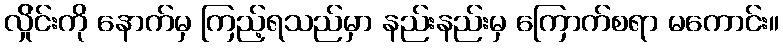
လ်ှိုင်းကို နောက်မှ ကြည့်ရသည်မှာ နည်းနည်းမှ ကြောက်စရာ မကောင်း။